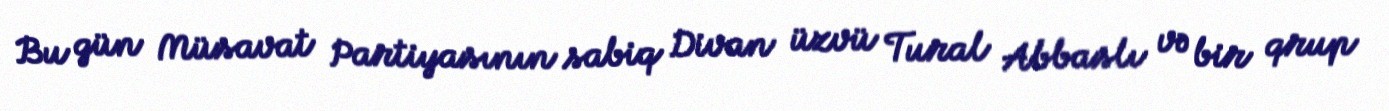
Bu gün Müsavat Partiyasının sabiq Divan üzvü Tural Abbaslı və bir qrup